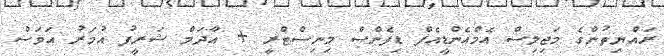
ރައްޔިތުންގެ މަޖިލިސް އެމްއެންޑީއެފް ޑިފެންސް މިނިސްޓްރީ + އާދަމް ޝަރީފު އުމަރު އަވަސް